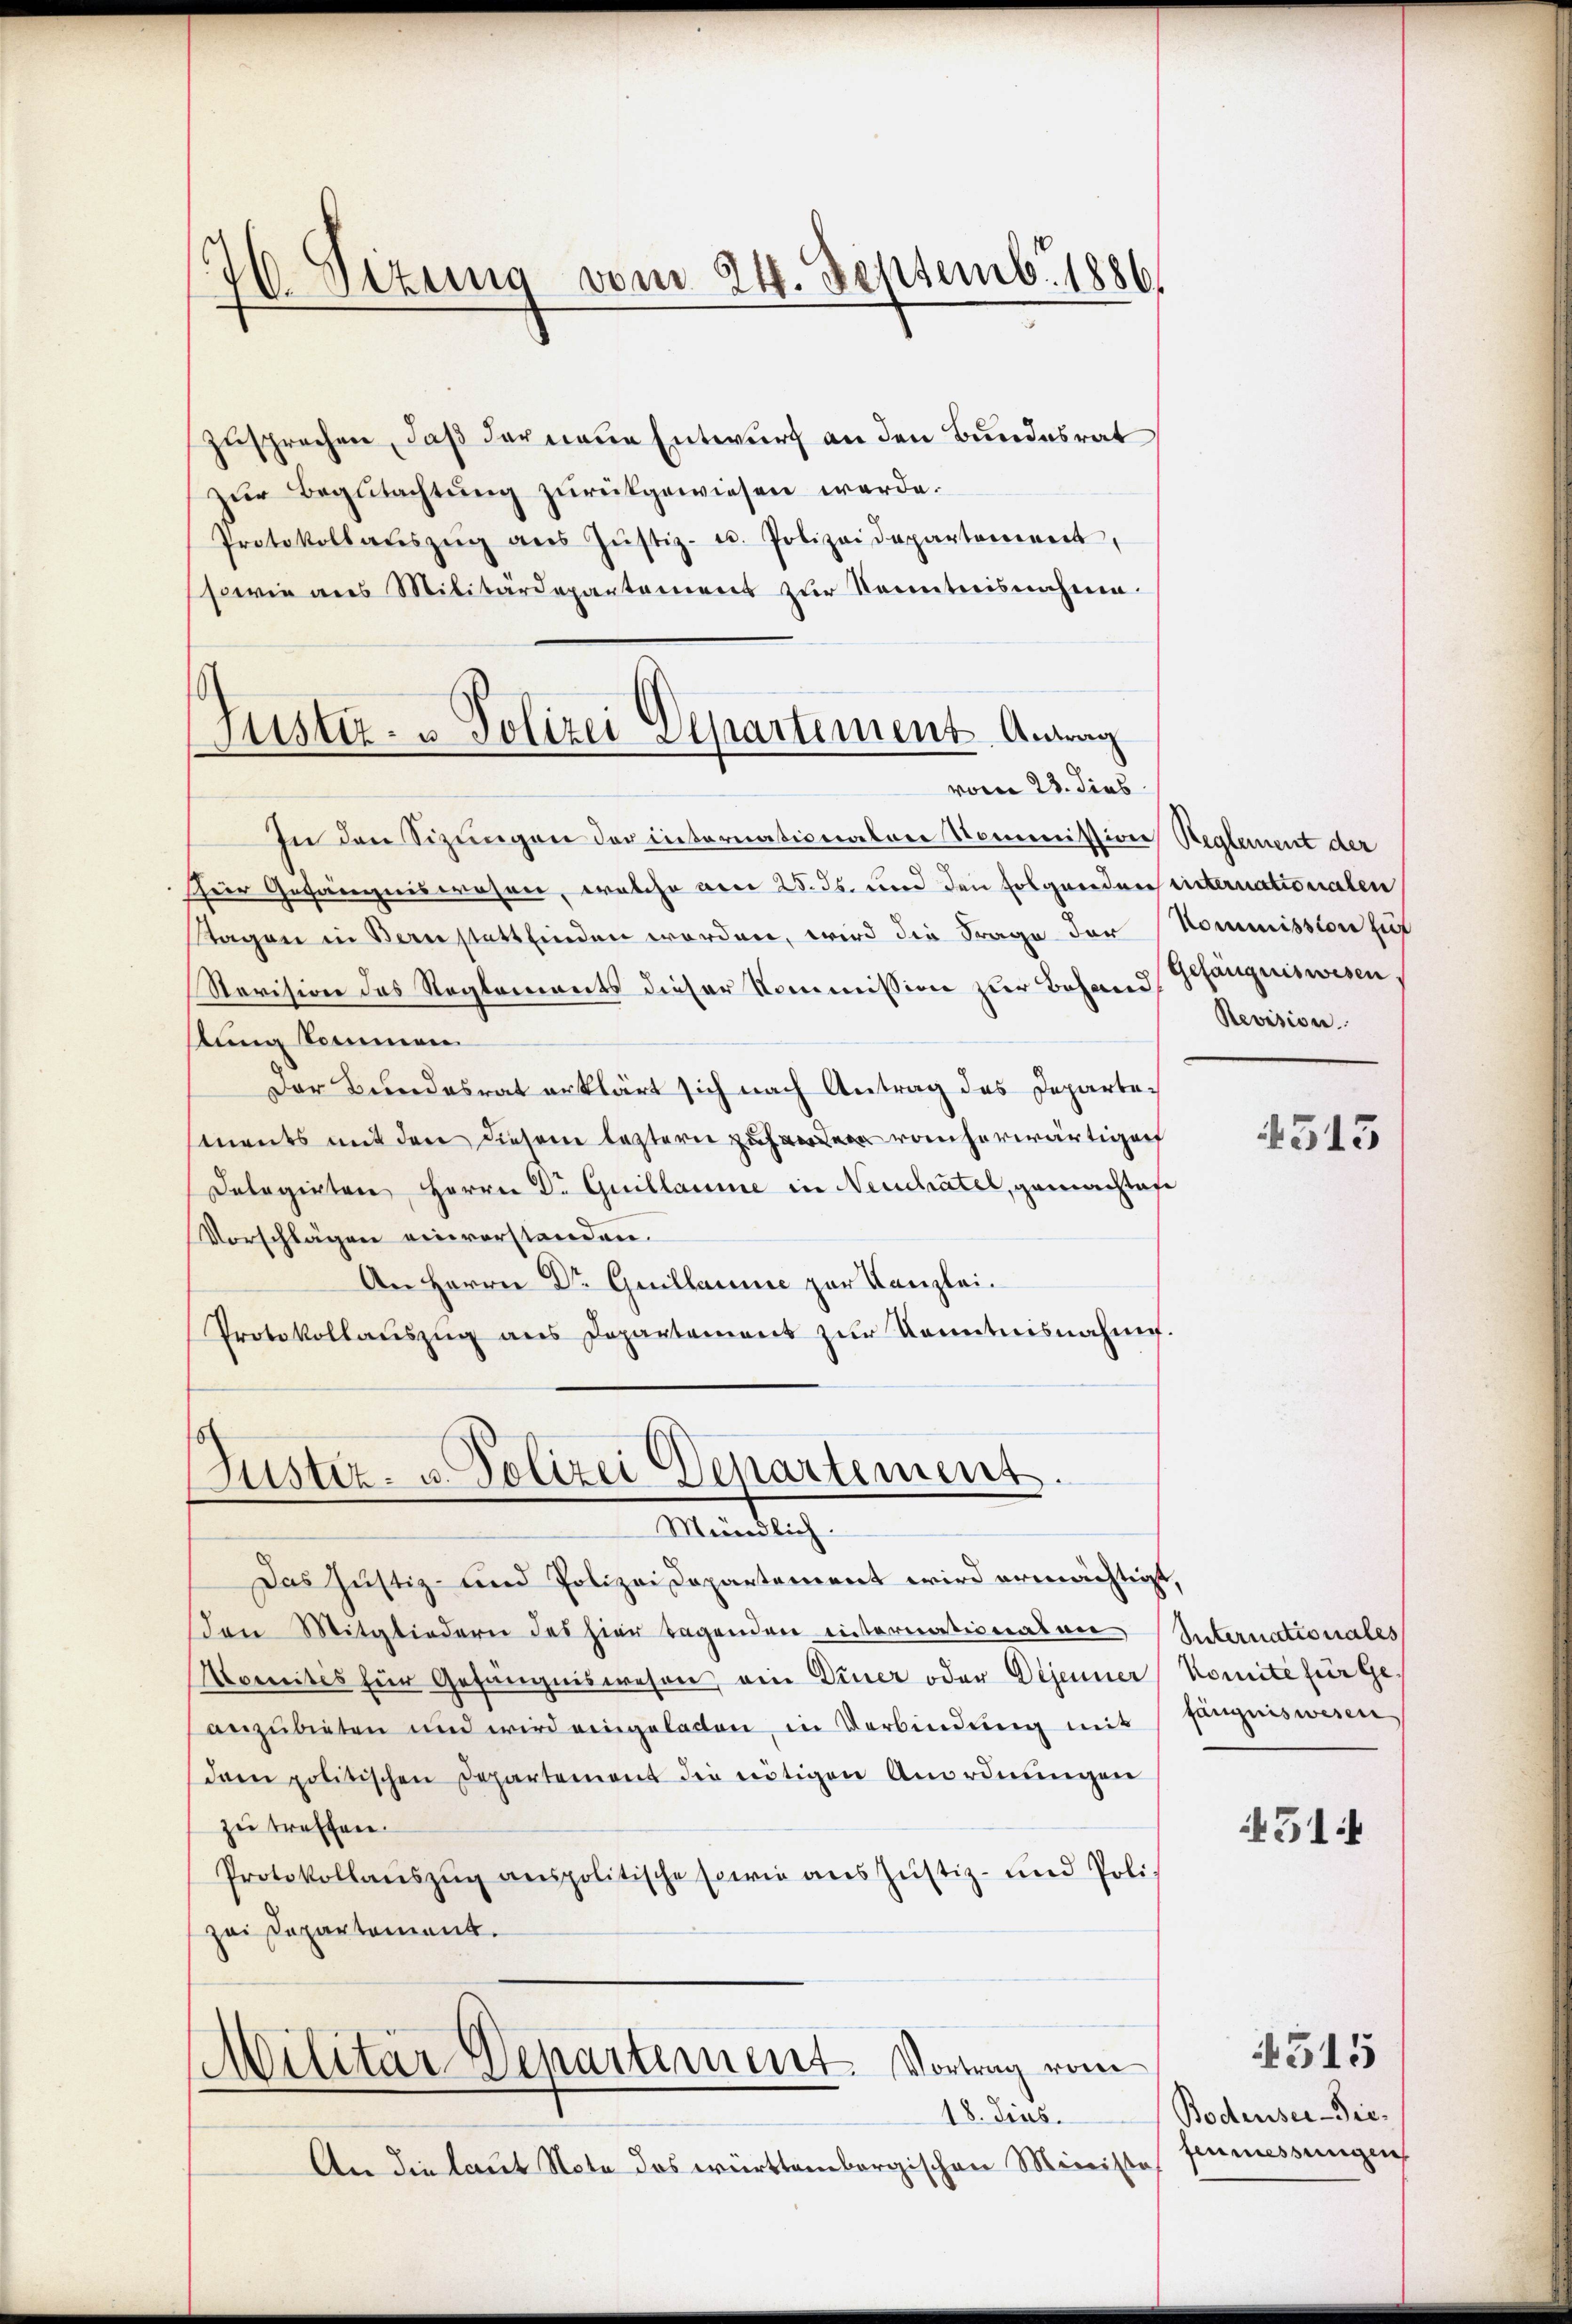
176. Sizung vom 24. Septembr. 1886

zusprechen, daß der neue Entwurf an den Bundesrat
zŭr Begŭtachtŭng zŭrückgewiesen werde.
Protokollaŭszŭg aŭs Jŭstiz- u. Polizeidepartement,
sowie aus Militärdepartament zŭr Kenntnisnahme.

vom 23. dies
In den Sizungen der internationalen Kommission Reglement der
hrer Gefängniswesen, welche am 25. ds. und den folgenden hinternationalen
Stagen in Beanstattfinden worden, wird die Frage der Kommission zur
Revision des Reglements dieser Kommission zur Behandstung kommen
Der Bundesrat erklärt sich nach Antrag des Departemnents mit den diesem letztern zuhandern rauherwärtigen
Delegirten Herrn Dr Guillaume in Neuchatel, gemachtase
Vorschlägen einverstanden.
An Herrn Dr Guillaume zur Kanzlei.
Protokollaŭszŭg ans Departement zŭr Kenntnisnahme.

Justiz- u Polizei Departement Antrag

Justiz- u. Polizei Departement
Mündlich

Das Justiz- und Polizeidepartement wird ermächtigt,
Den Mitgliedern des hier tagenden internationaten Internationales
Komités für Gefängniswesen ein Diner oder Déjenner Komite für Ge-
anzubieten und wird eingelasten, in Verbindung mit
dam politischen Departement die nötigen Anordnungen
zu treffen.
Protokollaŭszŭg anspolitische Erwie ans Justiz- und Polizei Departement.
Militär-Departement. Vortrag vom
18. dies
An die laut Note das württembergischen Ministof

Gefängniswesen.
Revision.
4513

fängnis wesen

451

Bodenser-Diefenmessungen

4515